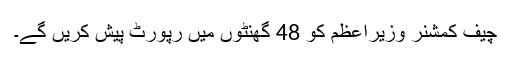
چیف کمشنر وزیراعظم کو 48 گھنٹوں میں رپورٹ پیش کریں گے۔